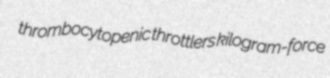
thrombocytopenic throttlers kilogram-force